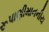
રૂપાણીમાનનીય